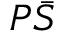
P \bar { S }